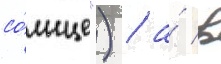
со́лнце") / а́ в